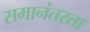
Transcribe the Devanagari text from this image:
समानंतरता